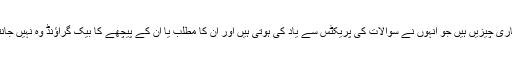
کافی ساری چیزیں ہیں جو انہوں نے سوالات کی پریکٹس سے یاد کی ہوتی ہیں اور ان کا مطلب یا ان کے پیچھے کا بیک گراؤنڈ وہ نہیں جانتے ہیں۔